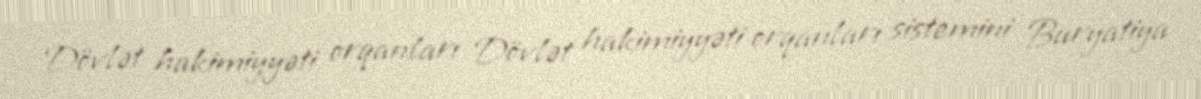
Dövlət hakimiyyəti orqanları Dövlət hakimiyyəti orqanları sistemini Buryatiya